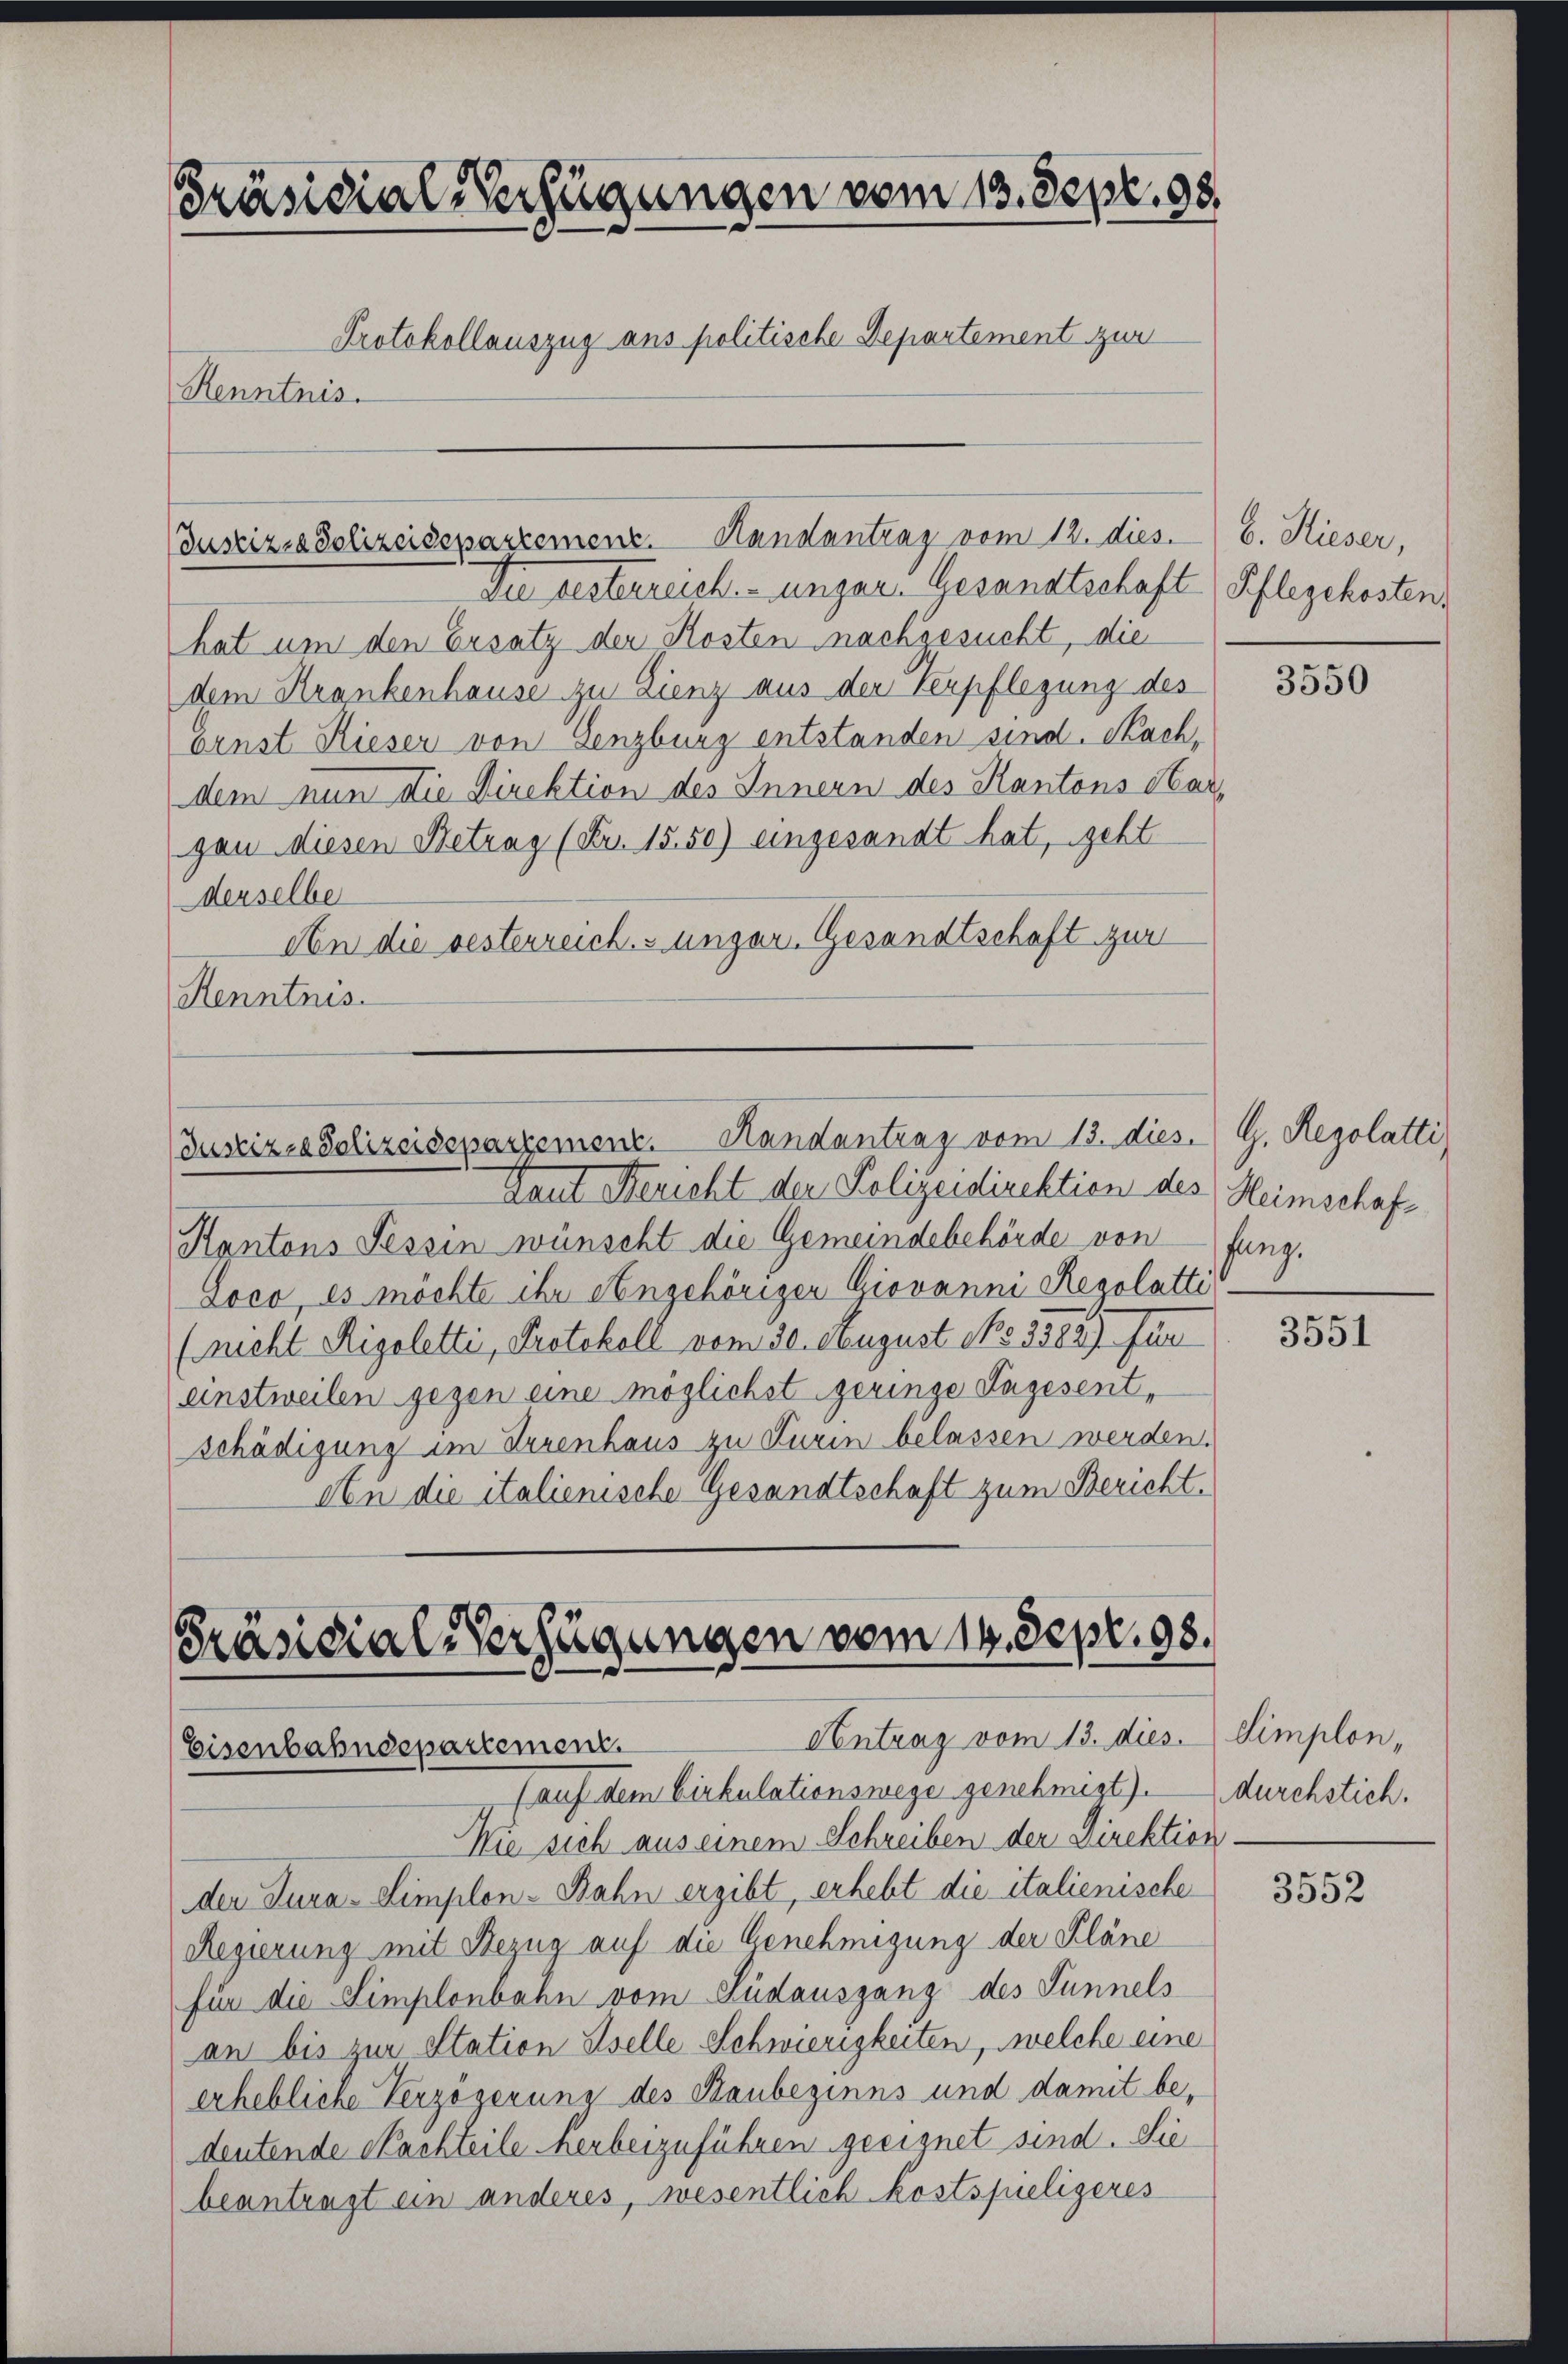
Präsidial-Verfügungen vom 13. Sept. 98.
Protokollauszug aus politische Departement zur
Kenntnis.

hat um den Ersatz der Kosten nachgesucht, die
dem Krankenhause zu Lienz aus der Verpflegung des
Ernst Rieser von Genzburg entstanden sind. Nachdem nun die Direktion des Innern des Kantons Sargan diesen Betrag (Fr. 15. 50) eingesandt hat, geht
derselbe
An die besterreichs ungar. Gesandtschaft zur
Kenntnis.

Justiz- & Polizeidepartement. Handantrag vom 12. dies.
Die gesterreich. unger. Gesandtschaft Pflegekosten,

Justiz-Polizeiseparzement. Handantrag vom 13. dies. G. Regolatti
Taut Bericht der Polizeidirektion des Heimschaf¬

Kantons Tessin wünscht die Gemeindebehörde von
Loco, es möchte ihr Angehöriger Giovanni Regolatti
(nicht Rigoletti, Protokoll vom 30. August No 8382 für
einstweilen gegen eine möglichst geringe Tagesentschädigung im Irrenhaus zu Turin belassen werden.
An die italienische Gesandtschaft zum Bericht¬

Präsidial-Verfügungen vom 14. Sept. 98.
Antrag vom 13. dies. Simplon,
Eisenbahndepartement.
(auf dem Cirkulationswege genehmigt) durchstich.

Wie sich aus einem Schreiben der Direktion
der Tura-Simplon-Bahn ergibt, erhebt die italienische
Regierung mit Bezug auf die Genehmigung der Pläne
für die Simplenbahn vom Ludausgang des Tunnels
an bis zur Station Iselle Schwierigkeiten, welche eine
erhebliche Verzögerung des Raubeginns und damit bedeutende Nachteile herbeizuführen geeignet sind. Sie
beantragt ein anderes, wesentlich kostspieligeres

b. Hieser,

3550

fang.

3551

3552